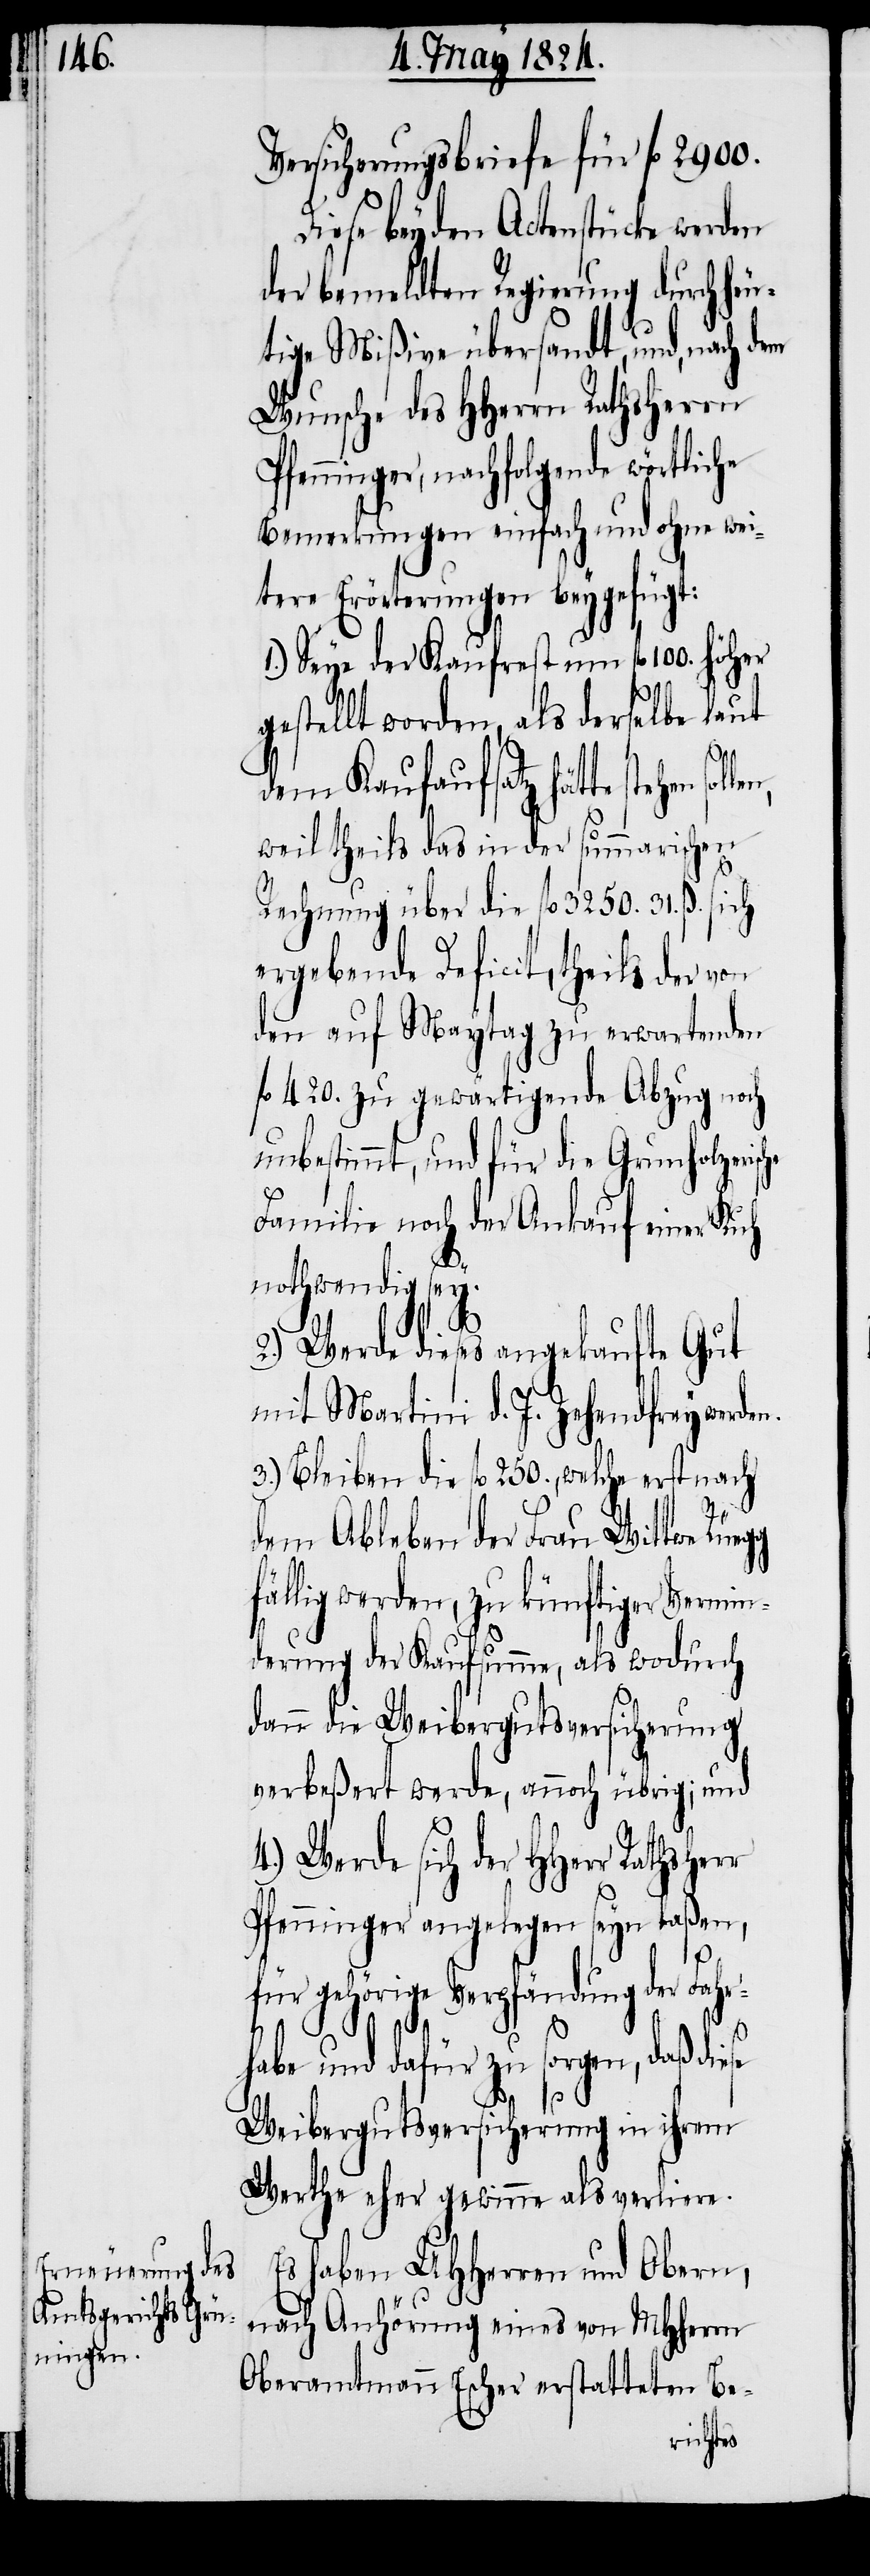
che

Versicherungsbriefe für fl. 2900.
Diese beyden Actenstücke werden
der bemeldten Regierung durch heu¬
tige Mißive übersandt, und, nach
Wunsche des HHerrn Rathsherrn
Pfenninger, nachfolgende wörtliche
Bemerkungen einfach und ohne wei¬
tere Erörterungen beygefügt:
1.) Seye der Kaufrest um fl. 100. höher
gestellt worden, als derselbe laut
r
dem Kaufaufsatz hätte stehen
weil theils das in der summarischen
Rechnung über die fl. 3250. 31. ß. sich
ergebende Deficit, theils der von
den auf Maytag zu erwartenden
fl. 420. zu gewärtigende Abzug noch
unbestimmt, und für die Grunholzeris¬
Familie noch der Ankauf einer Kuh
nothwendig sey.
2.) Werde dieses angekaufte Gut
mit Martini d. J. Zehendfrey werden.
3.) Bleiben die fl. 250., welche erst nach
dem Ableben der Frau Wittwe
fällig werden, zu künftiger Vermin¬
derung der Kaufsumme, als wodurch
dann die Weibergutsversicherung
verbeßert werde, annoch übrig; und
4.) Werde sich der HHerr Rathsher¬
Pfenninger angelegen seyn laßen,
für gehörige Verpfändung der Fahr¬
habe und dafür zu sorgen, daß diese
Weibergutsversicherung in ihrem
Werthe eher gewinne als verliere.
Es haben UHHerren und Obern,
nach Anhörung eines von MHHerrn
Oberamtmann Escher erstatteten Be-